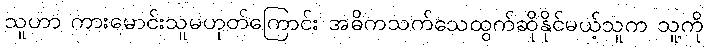
သူဟာ ကားမောင်းသူမဟုတ်ကြောင်း အဓိကသက်သေထွက်ဆိုနိုင်မယ့်သူက သူ့ကို